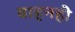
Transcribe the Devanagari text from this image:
वाहनही